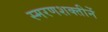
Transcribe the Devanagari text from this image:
स्मरणशक्तीनें